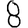
Digit: 8